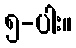
၅-ပါး။